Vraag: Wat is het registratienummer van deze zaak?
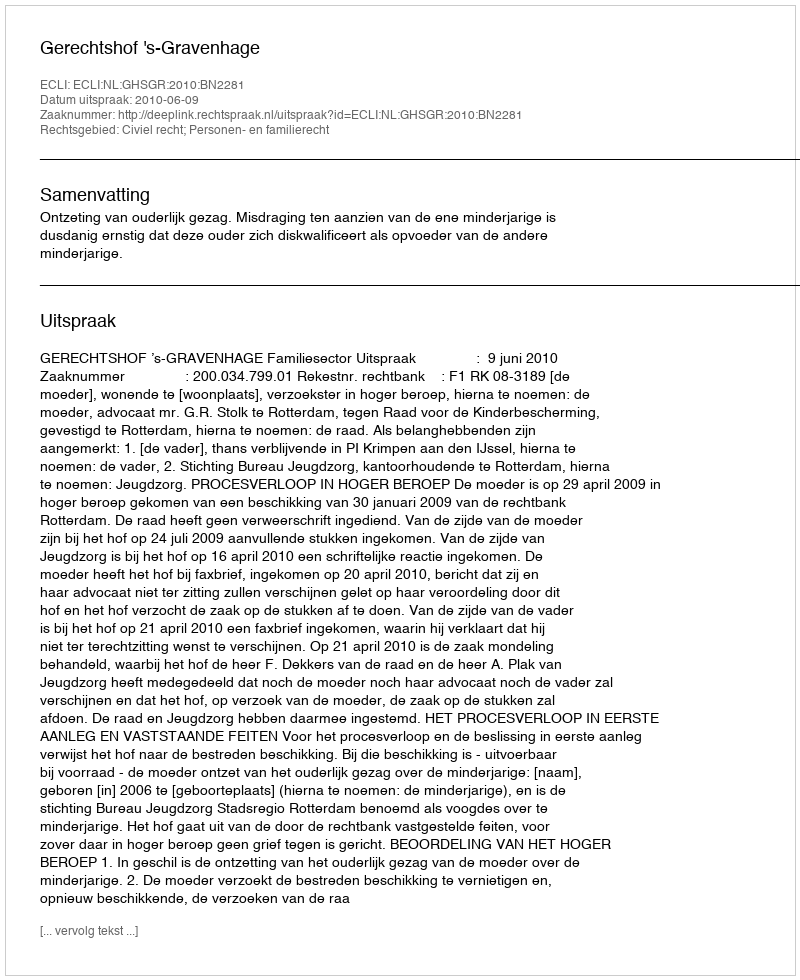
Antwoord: http://deeplink.rechtspraak.nl/uitspraak?id=ECLI:NL:GHSGR:2010:BN2281